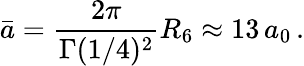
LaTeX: \displaystyle\bar{a}=\frac{2\pi}{\Gamma(1/4)^{2}}R_{6}\approx 13\, a_{0}\, .